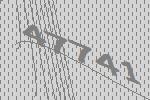
47741